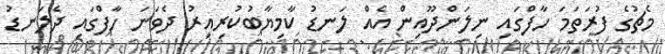
މެޗުގެ ފުރަތަމަ ހާފްގައި ނިލަންދޫއިން އެއް ލަނޑު ކާމިޔާބުކުރިއިރު ދެވަނަ ހާފްގައި ދެލަނޑު